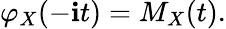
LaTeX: \varphi_{X}(-\mathbf{i}t)=M_{X}(t).